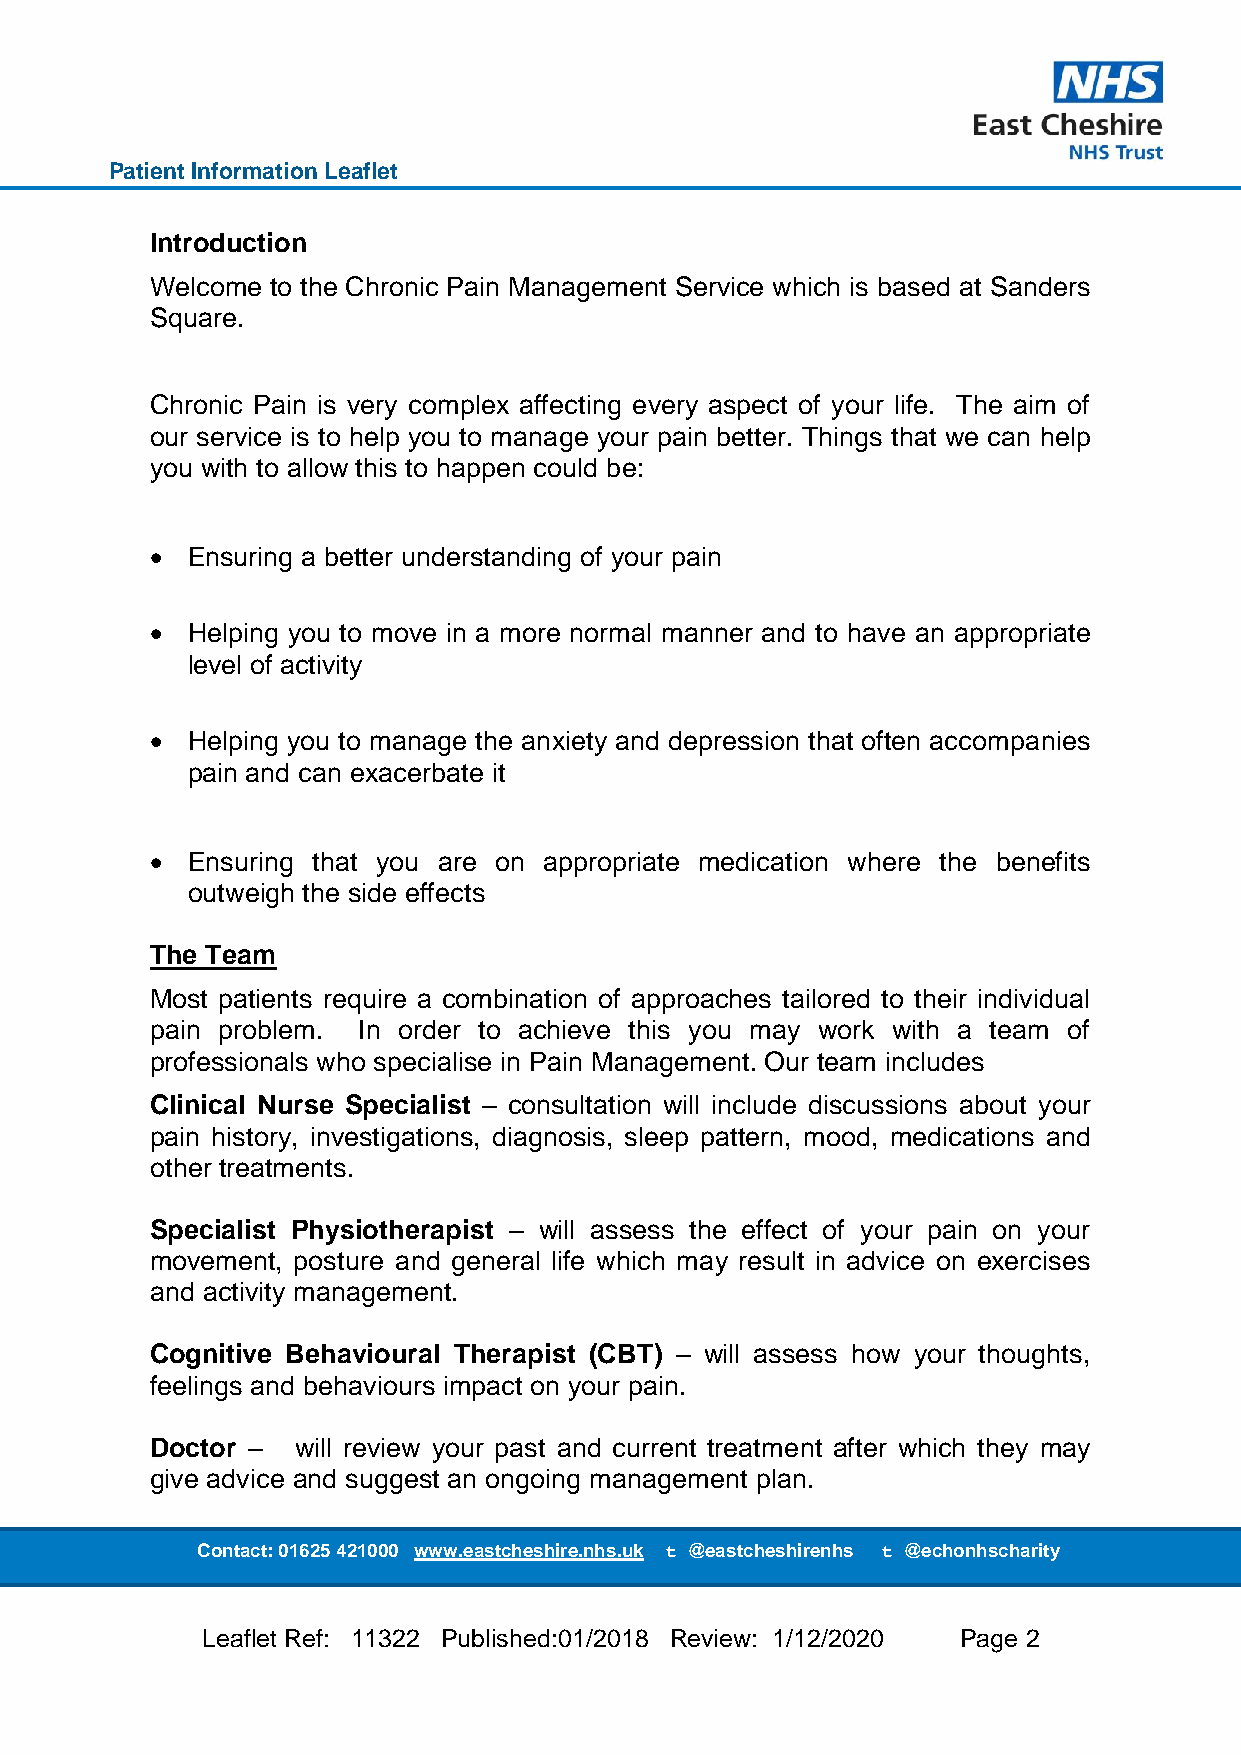
Patient Information Leaflet
 Introduction
 Welcome to the Chronic Pain Management Service which is based at Sanders
 Square.
 Chronic Pain is very complex affecting every aspect of your life. The aim of
 our service is to help you to manage your pain better. Things that we can help
 you with to allow this to happen could be:
  Ensuring a better understanding of your pain
  Helping you to move in a more normal manner and to have an appropriate
 level of activity
  Helping you to manage the anxiety and depression that often accompanies
 pain and can exacerbate it
  Ensuring that you are on appropriate medication where the benefits
 outweigh the side effects
 The Team
 Most patients require a combination of approaches tailored to their individual
 pain problem. In order to achieve this you may work with a team of
 professionals who specialise in Pain Management. Our team includes
 Clinical Nurse Specialist – consultation will include discussions about your
 pain history, investigations, diagnosis, sleep pattern, mood, medications and
 other treatments.
 Specialist Physiotherapist – will assess the effect of your pain on your
 movement, posture and general life which may result in advice on exercises
 and activity management.
 Cognitive Behavioural Therapist (CBT) – will assess how your thoughts,
 feelings and behaviours impact on your pain.
 Doctor –  will review your past and current treatment after which they may
 give advice and suggest an ongoing management plan.
 Contact: 01625 421000 www.eastcheshire.nhs. uk t @eastcheshirenhs t @echonhscharity
 Leaflet Ref: 11322 Published:01/2018 Review: 1/12/2020 Page 2